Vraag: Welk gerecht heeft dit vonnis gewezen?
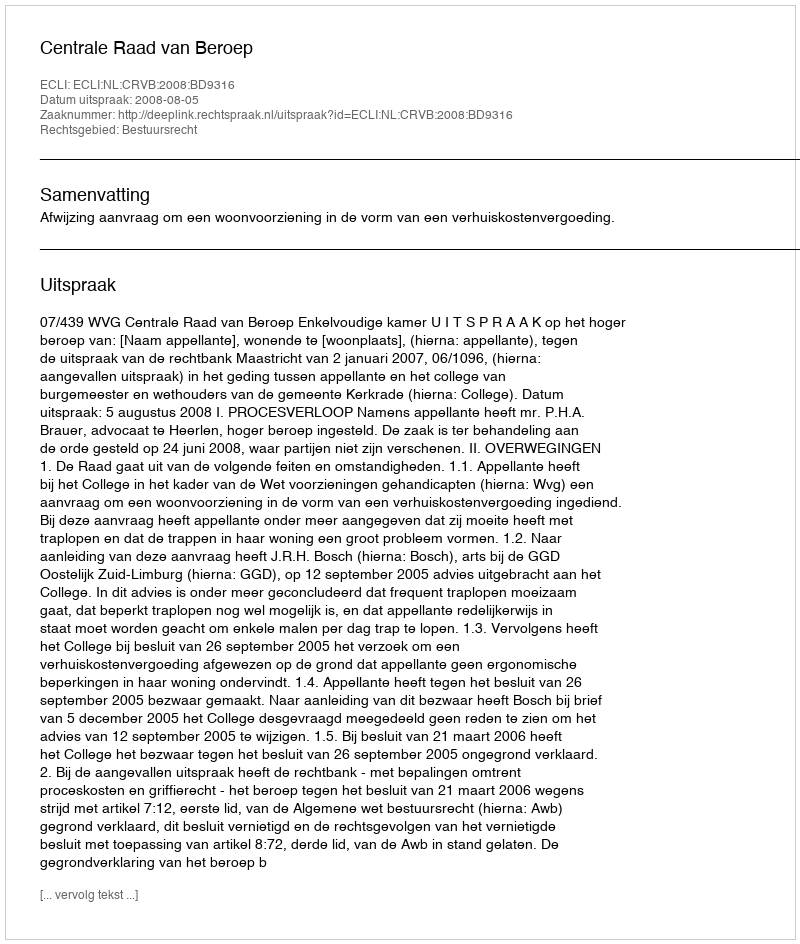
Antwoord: Centrale Raad van Beroep